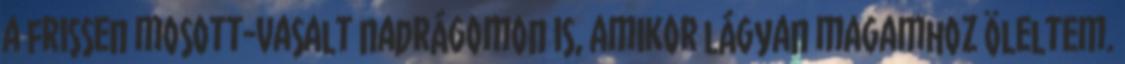
a frissen mosott-vasalt nadrágomon is, amikor lágyan magamhoz öleltem.